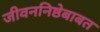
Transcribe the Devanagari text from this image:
जीवननिष्ठेबाबत